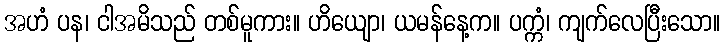
အဟံ ပန၊ ငါအမိသည် တစ်မူကား။ ဟိယျော၊ ယမန်နေ့က။ ပက္ကံ၊ ကျက်လေပြီးသော။